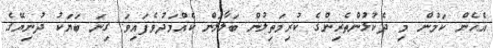
އެހެން ކަމުން މި ދެކުޅުންތެރިންގެ ކުރިމަތިލުން ބަލާލަން ކެއްމަދުވެފައިވަ ގިނަ ބަޔަކު ދުނިޔޭގެ